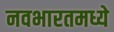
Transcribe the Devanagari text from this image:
नवभारतमध्ये